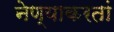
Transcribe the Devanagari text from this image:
नेण्याकरतां